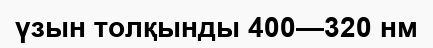
үзын толқынды 400—320 нм